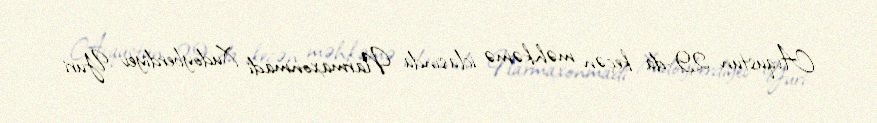
Avqustun 29-da keçən məhkəmə iclasında Narmaxonmadi Xudoyberdiyev Yuri